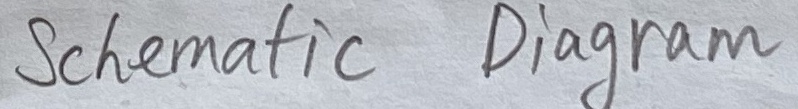
Text: Schematic Diagram